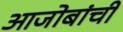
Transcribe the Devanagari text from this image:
आजोबांची